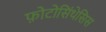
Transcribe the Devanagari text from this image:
फ़ोटोसिंथेसिस